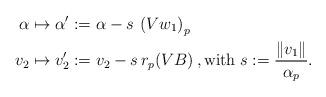
LaTeX: \begin{align*} \alpha \mapsto \alpha' & := \alpha - s\, \left( Vw_1\right)_p \\v_2\mapsto v'_2 & := v_2 - s\, r_p( VB) \, , \mbox{with} \; s:=\frac{\| v_1 \| }{\alpha_{p}} .\end{align*}